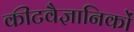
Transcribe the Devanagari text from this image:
कीटवैज्ञानिकों